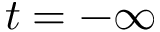
t = - \infty